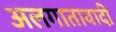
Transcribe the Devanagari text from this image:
अलगातावादी